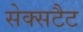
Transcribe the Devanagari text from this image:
सेक्सटैट